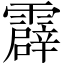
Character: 霹